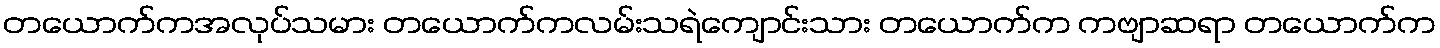
တယောက်ကအလုပ်သမား တယောက်ကလမ်းသရဲကျောင်းသား တယောက်က ကဗျာဆရာ တယောက်က